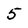
Character: 5